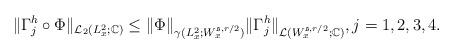
LaTeX: \begin{align*} \|\Gamma_j^h\circ \Phi\|_{\mathcal{L}_2(L_x^2;\mathbb{C})}\leq \|\Phi\|_{\gamma(L_x^2;W_x^{\mathfrak{s}, r/2})}\|\Gamma_j^h \|_{\mathcal{L}(W_x^{\mathfrak{s}, r/2};\mathbb{C})}, j=1,2,3,4.\end{align*}